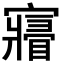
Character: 𡫧